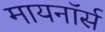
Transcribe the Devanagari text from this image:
मायनॉर्स